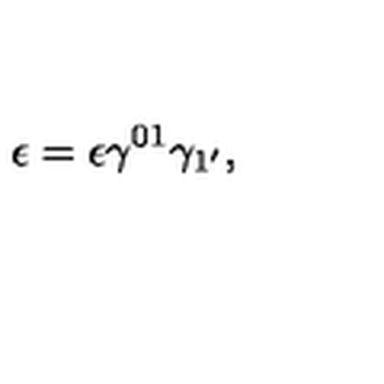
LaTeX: \epsilon = \epsilon \gamma ^ { 0 1 } \gamma _ { 1 ^ { \prime } } ,